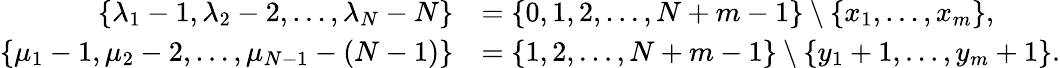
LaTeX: \begin{array}{rl}{\left\{ \lambda_{1}-1,\lambda_{2}-2,\ldots,\lambda_{N}-N\right\} }&{=\{ 0,1,2,\ldots,N+m-1\} \setminus\left\{ x_{1},\ldots,x_{m}\right\} ,}\\ {\left\{ \mu_{1}-1,\mu_{2}-2,\ldots,\mu_{N-1}-(N-1)\right\} }&{=\{ 1,2,\ldots,N+m-1\} \setminus\left\{ y_{1}+1,\ldots,y_{m}+1\right\} .}\end{array}